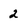
Character: 2